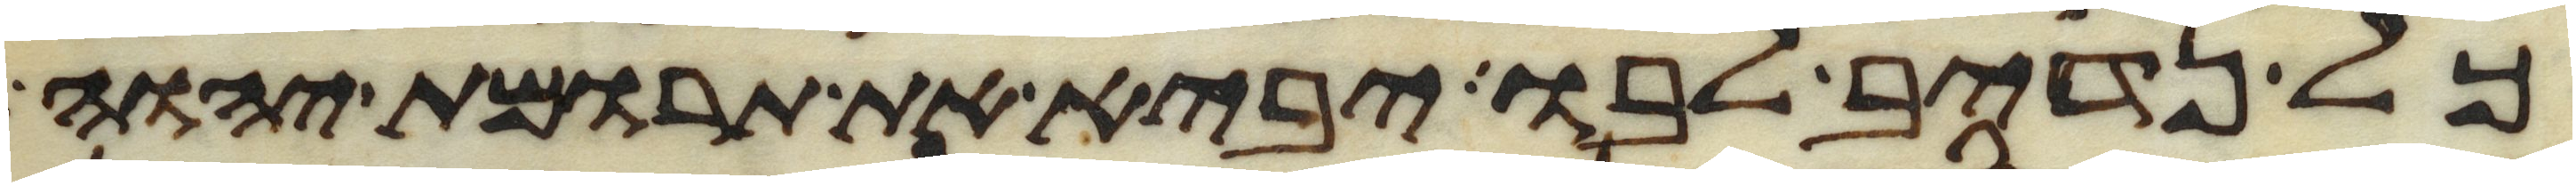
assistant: כל נדיב לבו יביא את תרומת יהוה